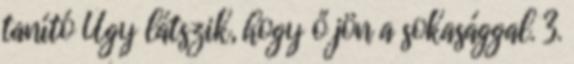
tanító Úgy látszik, hogy ő jön a sokasággal. 3.